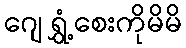
ဂျေ ရွှံ့စေးကိုမိမိ